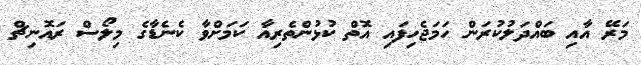
މަރޭ އާއި ބައްދަލުކުރަން ހަމަޖެހިފައި އޮތް ކުޅުންތެރިއާ ކަމަށްވާ ކެނެޑާގެ މިލޯސް ރައޮނިޗް